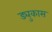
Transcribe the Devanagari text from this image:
ड्युकास